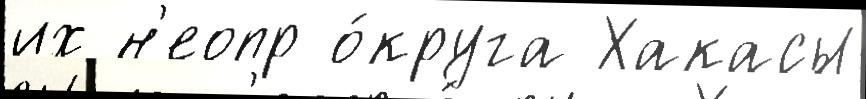
их н'еопр о́круга Хакасы